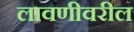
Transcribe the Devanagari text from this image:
लावणीवरील